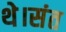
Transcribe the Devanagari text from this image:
थे।संत